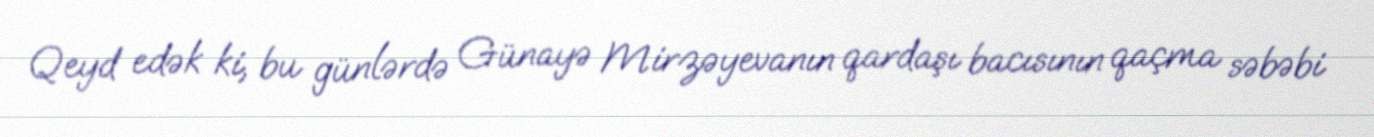
Qeyd edək ki, bu günlərdə Günayə Mirzəyevanın qardaşı bacısının qaçma səbəbi